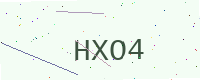
Text: HXO4